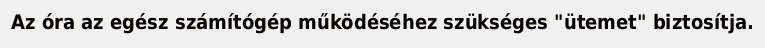
Az óra az egész számítógép működéséhez szükséges "ütemet" biztosítja.